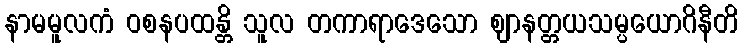
နာမမူလကံ ဝစနပထန္တိ သူလ တကာရာဒေသော ဈာနတ္တယသမ္ပယောဂိနီတိ